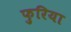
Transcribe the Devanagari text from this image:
फुरिया